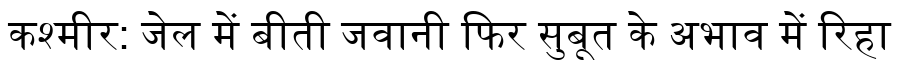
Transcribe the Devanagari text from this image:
कश्मीर: जेल में बीती जवानी फिर सुबूत के अभाव में रिहा